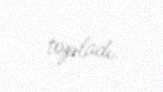
topladı.